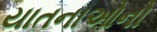
યાતનાઓનો